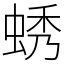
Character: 蜏